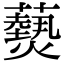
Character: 𮒫